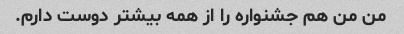
من من هم جشنواره را از همه بیشتر دوست دارم.